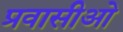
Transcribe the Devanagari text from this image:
प्रवासीओ